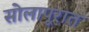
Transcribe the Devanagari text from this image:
सोलापूरात